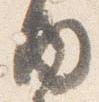
内